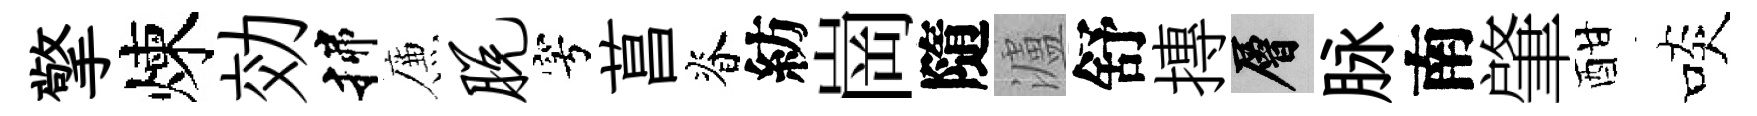
擎煉効揲簾脱穹菖脊紡崗隨瀘舒摶層脉南肇酣啖